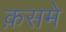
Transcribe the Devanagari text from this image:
क़समे